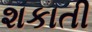
શકાતી